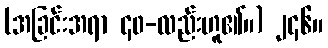
(အခြင်းအရာ ၄၀-လည်းဟူ၏။) ၂၄၆။